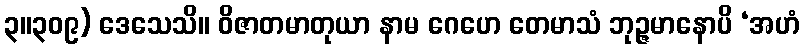
၃။၃၀၉) ဒေသေသိ။ ဝိဇာတမာတုယာ နာမ ဂေဟေ တေမာသံ ဘုဉ္ဇမာနောပိ ‘အဟံ